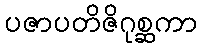
ပဇာပတိဇိဂုစ္ဆကာ